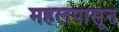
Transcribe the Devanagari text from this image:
महलपासून